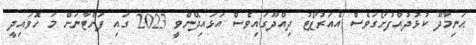
ޙަނިމާދޫ ކުޅުދުއްފުށޯގަވެސް އެއަރުޕޯޓު ދިއްދޫގައިވެސް އަޅައިދޭންވީ 2023 ގައި ފަށްޓާނަށް މަ ހޮވައިދީ